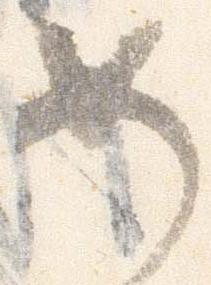
如